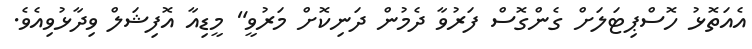
އެއަތޮޅު ހޮސްޕިޓަލަށް ގެންގޮސް ފަރުވާ ދެމުން ދަނިކޮށް މަރުވީ" މީޑިއާ އޮފިޝަލް ވިދާޅުވިއެވެ.